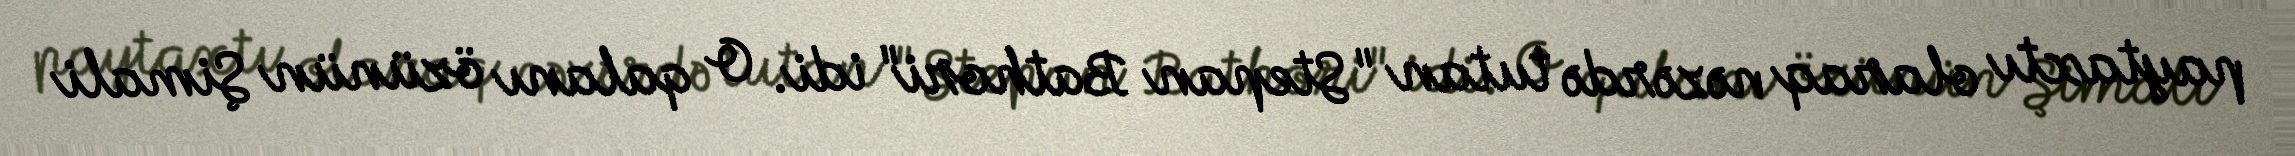
paytaxtı olaraq nəzərdə tutan "Stepan Bathori" idi. O qalanı özünün Şimali